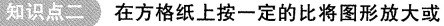
知识点二 在方格纸上按一定的比将图形放大或